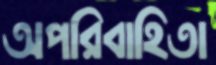
অপরিবাহিতা